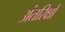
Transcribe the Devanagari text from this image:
अंतरिक्षों